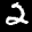
Label: 2